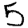
Digit: 5